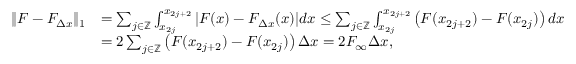
\begin{array} { r l } { \| F - F _ { \Delta x } \| _ { 1 } } & { = \sum _ { j \in \mathbb { Z } } \int _ { x _ { 2 j } } ^ { x _ { 2 j + 2 } } | F ( x ) - F _ { \Delta x } ( x ) | d x \leq \sum _ { j \in \mathbb { Z } } \int _ { x _ { 2 j } } ^ { x _ { 2 j + 2 } } \left( F ( x _ { 2 j + 2 } ) - F ( x _ { 2 j } ) \right) d x } \\ & { = 2 \sum _ { j \in \mathbb { Z } } \left( F ( x _ { 2 j + 2 } ) - F ( x _ { 2 j } ) \right) \Delta x = 2 F _ { \infty } \Delta x , } \end{array}